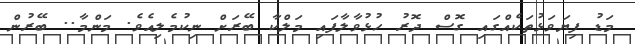
މަޑު ފިޔަވަޅުތަކެއްގައި ގޮސް ދޮރު ހުޅުވާލާފައި މަލްކާ ބޭރަށް ނިކުމެލިއެވެ. މަންމާ.. ބޭރުން